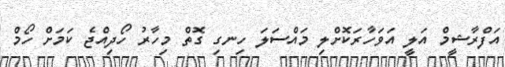
އަފްރާޝީމް އަލީ އަވަހާރަކޮށްލި މައްސަލަ ހިނގި ގޮތް މިހާރު ހޯދިއްޖެ ކަމަށް ހޯމް